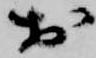
於